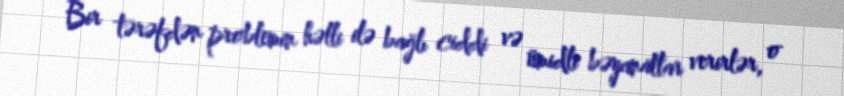
Bir tərəfdən problemin həlli ilə bağlı ciddi və ümidli bəyanatlar verirlər, o